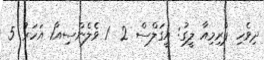
ދިވެހި ޕްރިިމިއާ ލީގު: އީގަލްސް 2  1 ވެލެންސިއާ1 އަހަރު 5